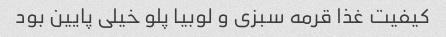
کیفیت غذا قرمه سبزی و لوبیا پلو خیلی پایین بود